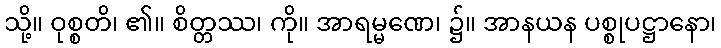
သို့။ ဝုစ္စတိ၊ ၏။ စိတ္တဿ၊ ကို။ အာရမ္မဏေ၊ ၌။ အာနယန ပစ္စုပဋ္ဌာနော၊